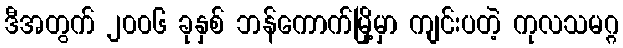
ဒီအတွက် ၂၀၀၆ ခုနှစ် ဘန်ကောက်မြို့မှာ ကျင်းပတဲ့ ကုလသမဂ္ဂ